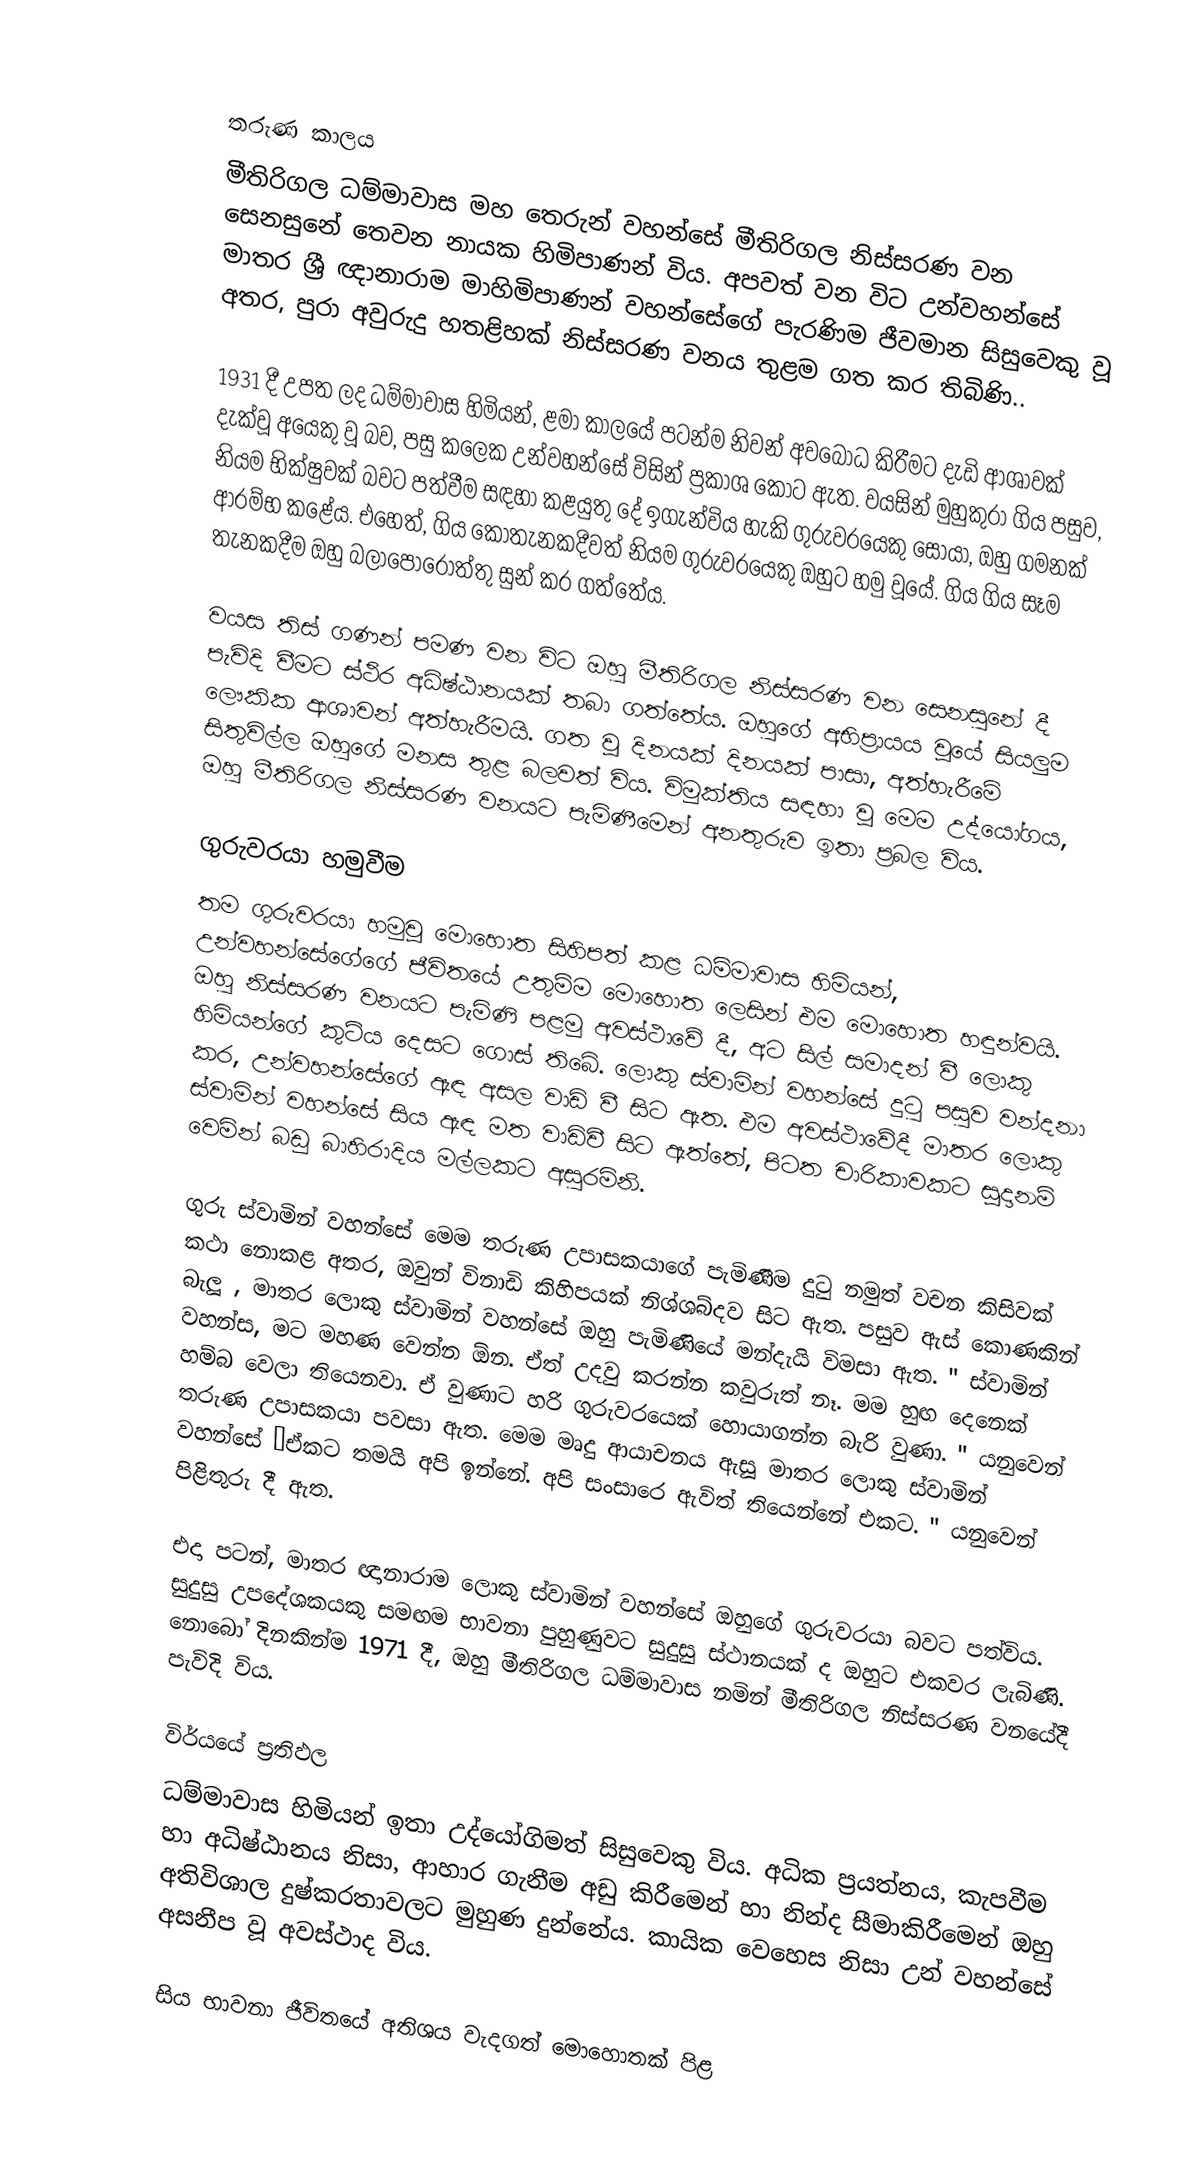

තරුණ කාලය
මීතිරිගල ධම්මාවාස මහ තෙරුන් වහන්සේ මීතිරිගල නිස්සරණ වන සෙනසුනේ තෙවන නායක හිමිපාණන් විය. අපවත් වන විට උන්වහන්සේ මාතර ශ්‍රී ඥානාරාම මාහිමිපාණන් වහන්සේගේ පැරණිම ජීවමාන සිසුවෙකු වූ අතර, පුරා අවුරුදු හතළිහක් නිස්සරණ වනය තුළම ගත කර තිබිණි..

1931 දී උපත ලද ධම්මාවාස හිමියන්, ළමා කාලයේ පටන්ම නිවන් අවබෝධ කිරීමට දැඩි ආශාවක් දැක්වූ අයෙකු වූ බව, පසු කලෙක උන්වහන්සේ විසින් ප්‍රකාශ කොට ඇත. වයසින් මුහුකුරා ගිය පසුව, නියම භික්ෂුවක් බවට පත්වීම සඳහා කළයුතු දේ ඉගැන්විය හැකි ගුරුවරයෙකු සොයා, ඔහු ගමනක් ආරම්භ කළේය. එහෙත්, ගිය කොතැනකදීවත් නියම ගුරුවරයෙකු ඔහුට හමු වූයේ. ගිය ගිය සෑම තැනකදීම ඔහු බලාපොරොත්තු සුන් කර ගත්තේය.

වයස තිස් ගණන් පමණ වන විට ඔහු මීතිරිගල නිස්සරණ වන සෙනසුනේ දී පැවිදි වීමට ස්ථිර අධිෂ්ඨානයක් තබා ගත්තේය. ඔහුගේ අභිප්‍රායය වූයේ සියලුම ලෞකික ආශාවන් අත්හැරීමයි. ගත වූ දිනයක් දිනයක් පාසා, අත්හැරීමේ සිතුවිල්ල ඔහුගේ මනස තුළ බලවත් විය. විමුක්තිය සඳහා වූ මෙම උද්යෝගය, ඔහු මීතිරිගල නිස්සරණ වනයට පැමිණීමෙන් අනතුරුව ඉතා ප්‍රබල විය.

ගුරුවරයා හමුවීම
තම ගුරුවරයා හමුවූ මොහොත සිහිපත් කළ ධම්මාවාස හිමියන්, උන්වහන්සේගේගේ ජීවිතයේ උතුම්ම මොහොත ලෙසින් එම මොහොත හඳුන්වයි. ඔහු නිස්සරණ වනයට පැමිණි පළමු අවස්ථාවේ දී, අට සිල් සමාදන් වී ලොකු හිමියන්ගේ කුටිය දෙසට ගොස් තිබේ. ලොකු ස්වාමින් වහන්සේ දුටු පසුව වන්දනා කර, උන්වහන්සේගේ ඇඳ අසල වාඩි වී සිට ඇත. එම අවස්ථාවේදී මාතර ලොකු ස්වාමින් වහන්සේ සිය ඇඳ මත වාඩිවී සිට ඇත්තේ, පිටත චාරිකාවකට සූදානම් වෙමින් බඩු බාහිරාදිය මල්ලකට අසුරමිනි.

ගුරු ස්වාමින් වහන්සේ මෙම තරුණ උපාසකයාගේ පැමිණීම දුටු නමුත් වචන කිසිවක් කථා නොකළ අතර, ඔවුන් විනාඩි කිහිපයක් නිශ්ශබ්දව සිට ඇත. පසුව ඇස් කොණකින් බැලූ , මාතර ලොකු ස්වාමින් වහන්සේ ඔහු පැමිණියේ මන්දැයි විමසා ඇත.  " ස්වාමින් වහන්ස, මට මහණ වෙන්න ඕන. ඒත් උදවු කරන්න කවුරුත් නෑ. මම හුඟ දෙනෙක් හම්බ වෙලා තියෙනවා. ඒ වුණාට හරි ගුරුවරයෙක් හොයාගන්න බැරි වුණා­­­­­­. " යනුවෙන් තරුණ උපාසකයා පවසා ඇත. මෙම මෘදු ආයාචනය ඇසූ මාතර ලොකු ස්වාමින් වහන්සේ “ඒකට තමයි අපි ඉන්නේ. අපි සංසාරෙ ඇවිත් තියෙන්නේ එකට. " යනුවෙන් පිළිතුරු දී ඇත.

එදා පටන්, මාතර ඥානාරාම ලොකු ස්වාමින් වහන්සේ ඔහුගේ ගුරුවරයා බවට පත්විය. සුදුසු උපදේශකයකු සමඟම භාවනා පුහුණුවට සුදුසු ස්ථානයක් ද ඔහුට එකවර ලැබිණි. නොබෝ දිනකින්ම 1971 දී, ඔහු මීතිරිගල ධම්මාවාස නමින් මීතිරිගල නිස්සරණ වනයේදී පැවිදි විය.

විර්යයේ ප්‍රතිඵල
ධම්මාවාස හිමියන් ඉතා උද්යෝගිමත් සිසුවෙකු විය.  අධික ප්‍රයත්නය, කැපවීම හා අධිෂ්ඨානය නිසා, ආහාර ගැනීම අඩු කිරීමෙන් හා නින්ද සීමාකිරීමෙන් ඔහු අතිවිශාල දුෂ්කරතාවලට මුහුණ දුන්නේය. කායික වෙහෙස නිසා උන් වහන්සේ අසනීප වූ අවස්ථාද විය.

සිය භාවනා ජීවිතයේ අතිශය වැදගත් මොහොතක් පිළ